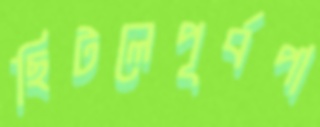
ছিটলেপূর্বপা